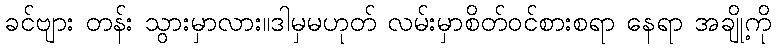
ခင်ဗျား တန်း သွားမှာလား။ဒါမှမဟုတ် လမ်းမှာစိတ်ဝင်စားစရာ နေရာ အချို့ကို